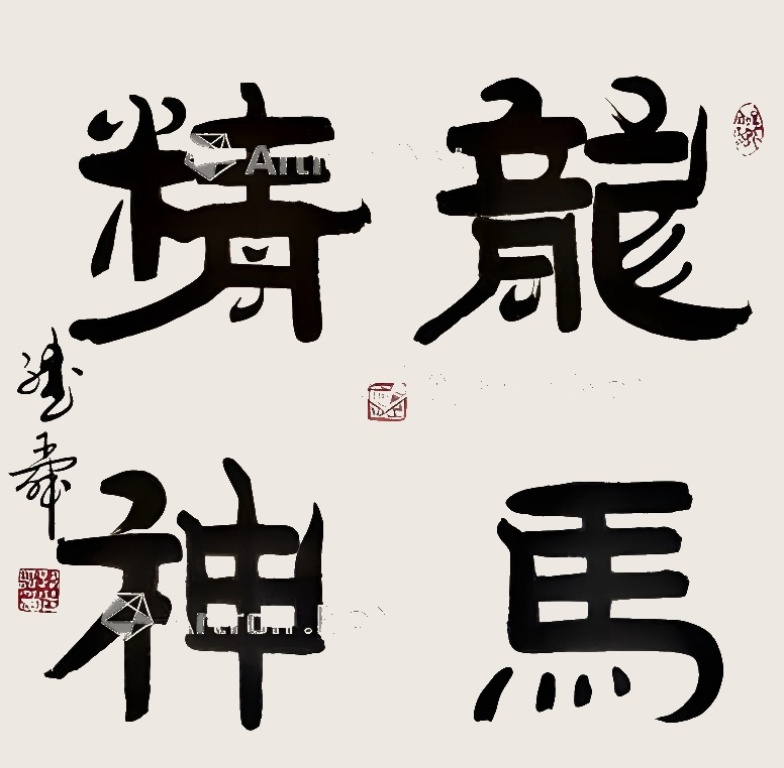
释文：龙马精神路继舜